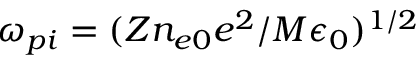
\omega _ { p i } = ( Z n _ { e 0 } e ^ { 2 } / M \epsilon _ { 0 } ) ^ { 1 / 2 }